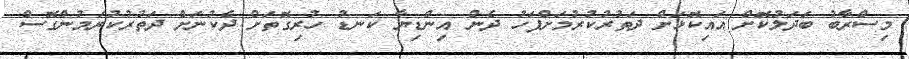
މިސްރާބު ބަދަލުކޮށް އައިކޮޅަށް ދަތުރުކުރުމަށްފަހު ދެން އިންޑިޔާ ކަނޑު ހުރިގޮތަށް ދެކުނަށް ދަތުރުކުރަމުންގޮސް